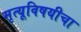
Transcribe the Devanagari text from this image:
मृत्यूविषयीचा